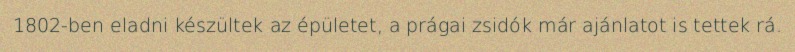
1802-ben eladni készültek az épületet, a prágai zsidók már ajánlatot is tettek rá.